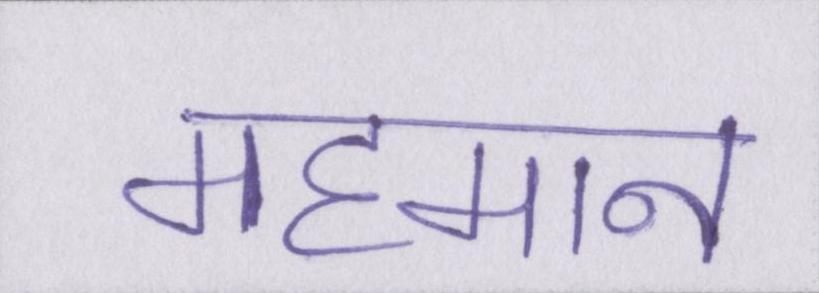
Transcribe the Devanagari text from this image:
महमान